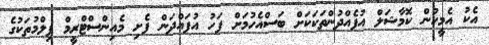
އެކު އެމީހުން ކޮމާޝަލް އުފެއްދުންތަކަކަށް ބަސްއެހުމަށް ފަހު އުފައްދަން ފެށި މެއިންސްޓްރީމް ފިލްމުތަކުގެ